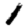
Digit: 1